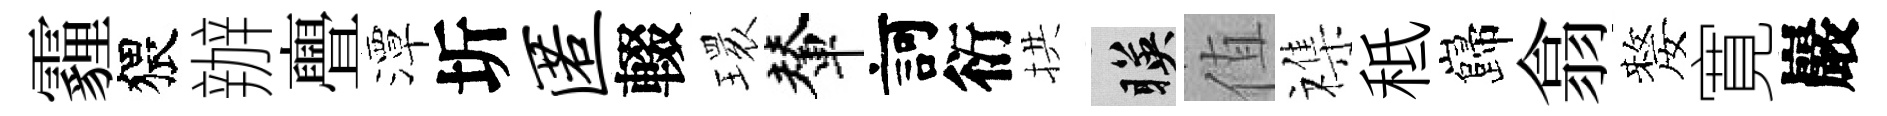
霾猥辦亹潭圻匿輟𤨔輦訶衍拱暎值襍秪巋翕嫠寛巖